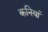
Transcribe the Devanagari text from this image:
कनियां